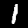
Label: 1